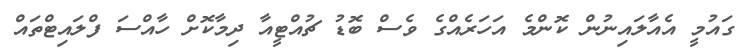
ގައުމީ އެއާލައިނުން ކޮންމެ އަހަރެއްގެ ވެސް ބޮޑު ޗުއްޓީއާ ދިމާކޮށް ހާއްސަ ފްލައިޓްތައް